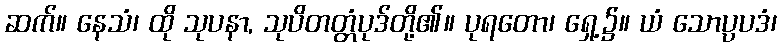
ဆက်။ နေသံ၊ ထို သုပနာ, သုပိတတ္တံပုဒ်တို့၏။ ပုရတော၊ ရှေ့၌။ ယံ သောပ္ပပဒံ၊